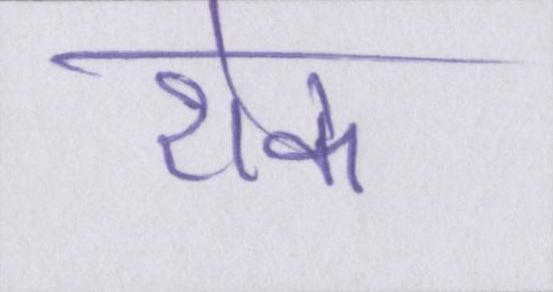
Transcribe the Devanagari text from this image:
रोक